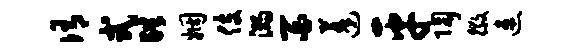
侑式肆姻伎溺百蓬平陶徽速